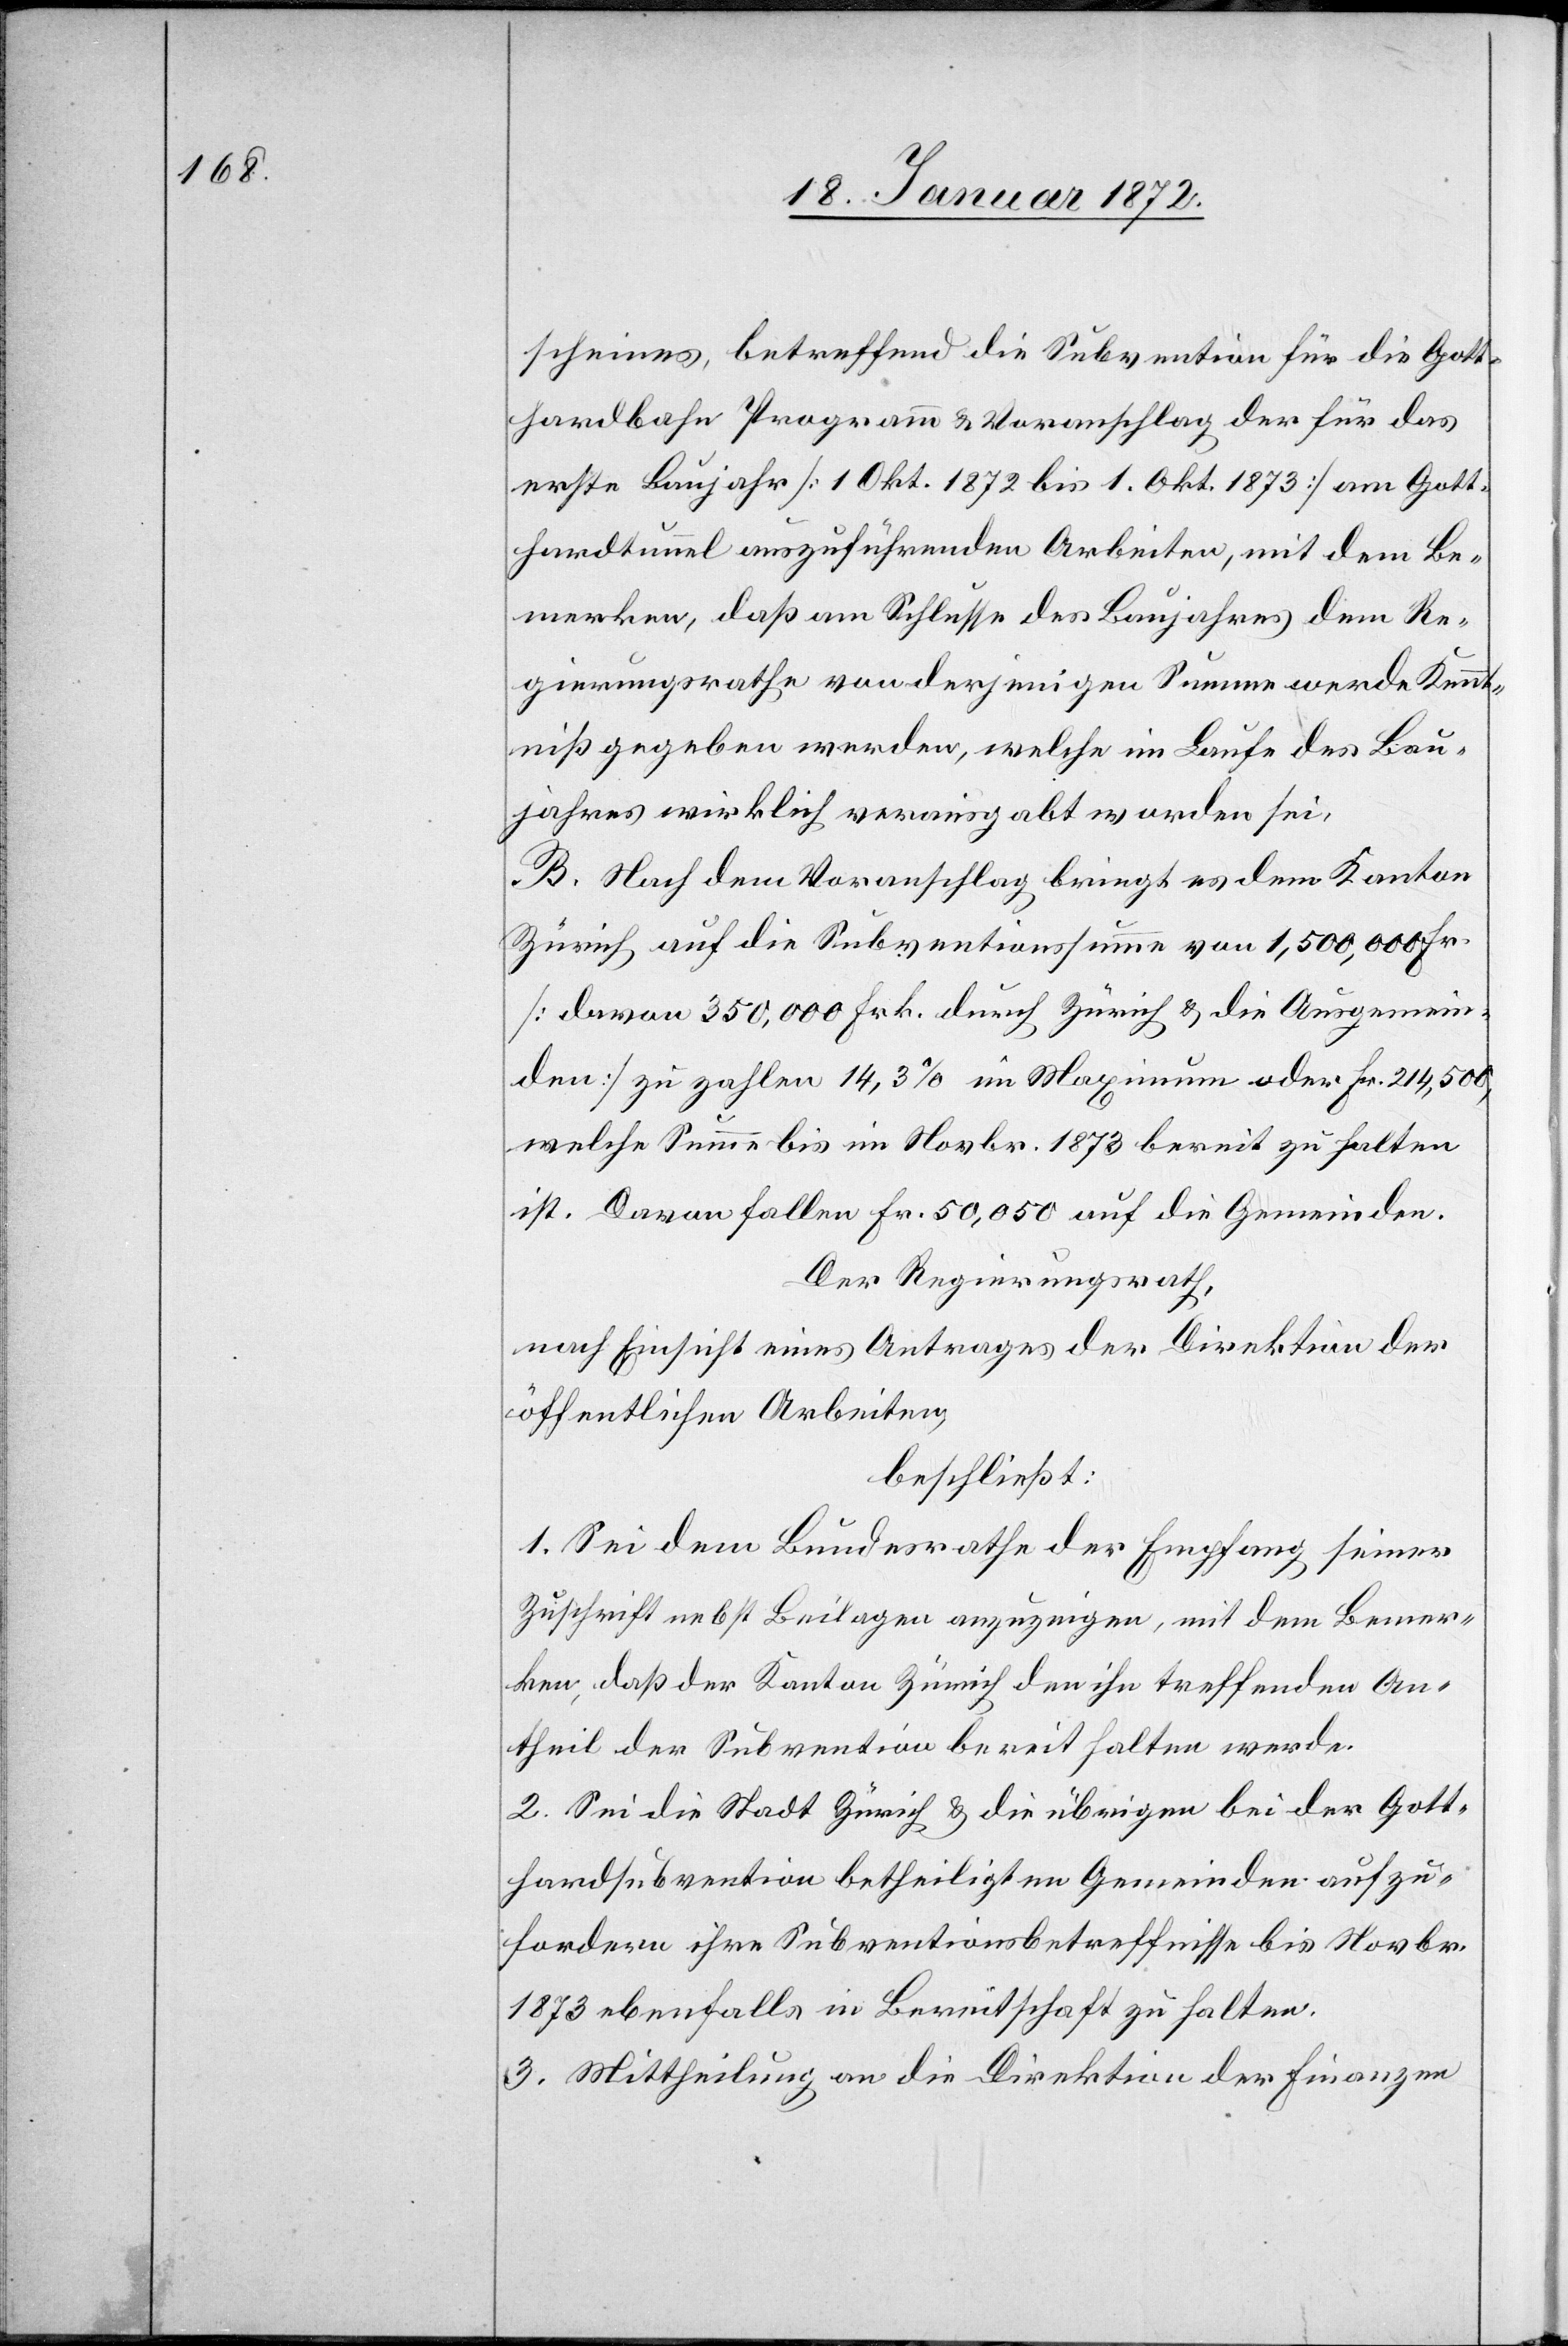
scheines, betreffend die Subvention für die Gott¬
hardbahn Programm u. Voranschlag der für das
erste Baujahr [1 Okt. 1872 bis 1. Okt. 1873] am Gott¬
hardtunnel auszuführenden Arbeiten, mit dem Be¬
merken, daß am Schlusse des Baujahres dem Re¬
gierungsrathe von derjenigen Summe werde Kennt¬
niß gegeben werden, welche im Laufe des Bau¬
jahres wirklich verausgabt worden sei.
B. Nach dem Voranschlag bringt es dem Kanton
Zürich auf die Subventionssumme von 1,500,000 Fr.
[davon 350,000 Frk. durch Zürich u. die Ausgemein¬
den] zu zahlen 14,3% im Maximum oder Fr. 214,500,
welche Summe bis im Novbr. 1873 bereit zu halten
ist. Davon fallen Fr. 50,050 auf die Gemeinden.
Der Regierungsrath,
nach Einsicht eines Antrages der Direktion der
öffentlichen Arbeiten,
beschließt:
1. Sei dem Bundesrathe der Empfang seiner
Zuschrift nebst Beilagen anzuzeigen, mit dem Bemer¬
ken, daß der Kanton Zürich den ihn treffenden An¬
theil der Subvention bereit halten werde.
2. Sei die Stadt Zürich u. die übrigen bei der Gott¬
hardsubvention betheiligten Gemeinden aufzu¬
fordern ihre Subventionsbetreffnisse bis Novbr.
1873 ebenfalls in Bereitschaft zu halten.
3. Mittheilung an die Direktion der Finanzen